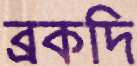
ব্রকদি